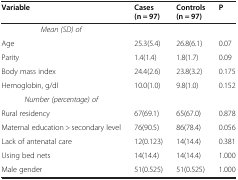
<table><thead><tr><td><b>Variable</b></td><td><b>Cases (n = 97)</b></td><td><b>Controls (n = 97)</b></td><td><b>P</b></td></tr></thead><tbody><tr><td><i>Mean (SD) of</i></td><td> </td><td> </td><td> </td></tr><tr><td>Age</td><td>25.3(5.4)</td><td>26.8(6.1)</td><td>0.07</td></tr><tr><td>Parity</td><td>1.4(1.4)</td><td>1.8(1.7)</td><td>0.09</td></tr><tr><td>Body mass index</td><td>24.4(2.6)</td><td>23.8(3.2)</td><td>0.175</td></tr><tr><td>Hemoglobin, g/dl</td><td>10.0(1.0)</td><td>9.8(1.0)</td><td>0.152</td></tr><tr><td><i>Number (percentage) of</i></td><td> </td><td> </td><td> </td></tr><tr><td>Rural residency</td><td>67(69.1)</td><td>65(67.0)</td><td>0.878</td></tr><tr><td>Maternal education &gt; secondary level</td><td>76(90.5)</td><td>86(78.4)</td><td>0.056</td></tr><tr><td>Lack of antenatal care</td><td>12(0.123)</td><td>14(14.4)</td><td>0.381</td></tr><tr><td>Using bed nets</td><td>14(14.4)</td><td>14(14.4)</td><td>1.000</td></tr><tr><td>Male gender</td><td>51(0.525)</td><td>51(0.525)</td><td>1.000</td></tr></tbody></table>